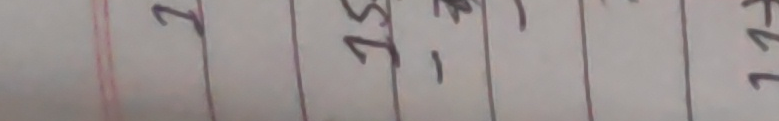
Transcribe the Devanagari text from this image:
१
२५,
४२
११